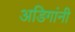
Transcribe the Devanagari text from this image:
अडिगांनी